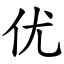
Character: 优